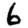
Digit: 6